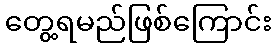
တွေ့ရမည်ဖြစ်ကြောင်း